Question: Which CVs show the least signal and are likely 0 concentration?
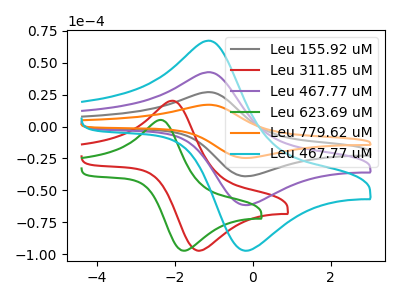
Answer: <think>The gray curve "Leu 155.92 uM" has an anodic peak at (-1.15V, 85.20uA) and a cathodic peak at (-0.20V, -123.40uA). The red curve "Leu 311.85 uM" has an anodic peak at (-2.10V, 20.20uA) and a cathodic peak at (-1.40V, -97.45uA). The purple curve "Leu 467.77 uM" has an anodic peak at (-1.15V, 42.60uA) and a cathodic peak at (-0.20V, -61.70uA). The green curve "Leu 623.69 uM" has an anodic peak at (-2.40V, 5.15uA) and a cathodic peak at (-1.75V, -97.45uA). The orange curve "Leu 779.62 uM" has an anodic peak at (-1.15V, 127.80uA) and a cathodic peak at (-0.20V, -185.10uA). The cyan curve "Leu 467.77 uM" has an anodic peak at (-1.15V, 67.30uA) and a cathodic peak at (-0.20V, -97.45uA).</think>
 <answer>There are not any CV's on this graph that are likely to be blanks.</answer>
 <eval>none</eval>